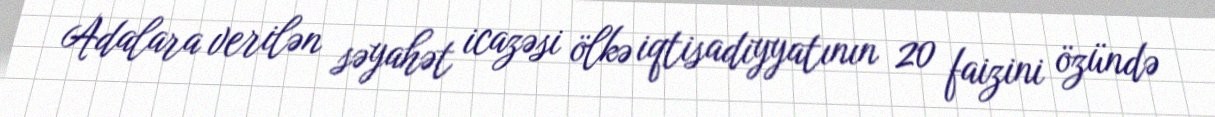
Adalara verilən səyahət icazəsi ölkə iqtisadiyyatının 20 faizini özündə